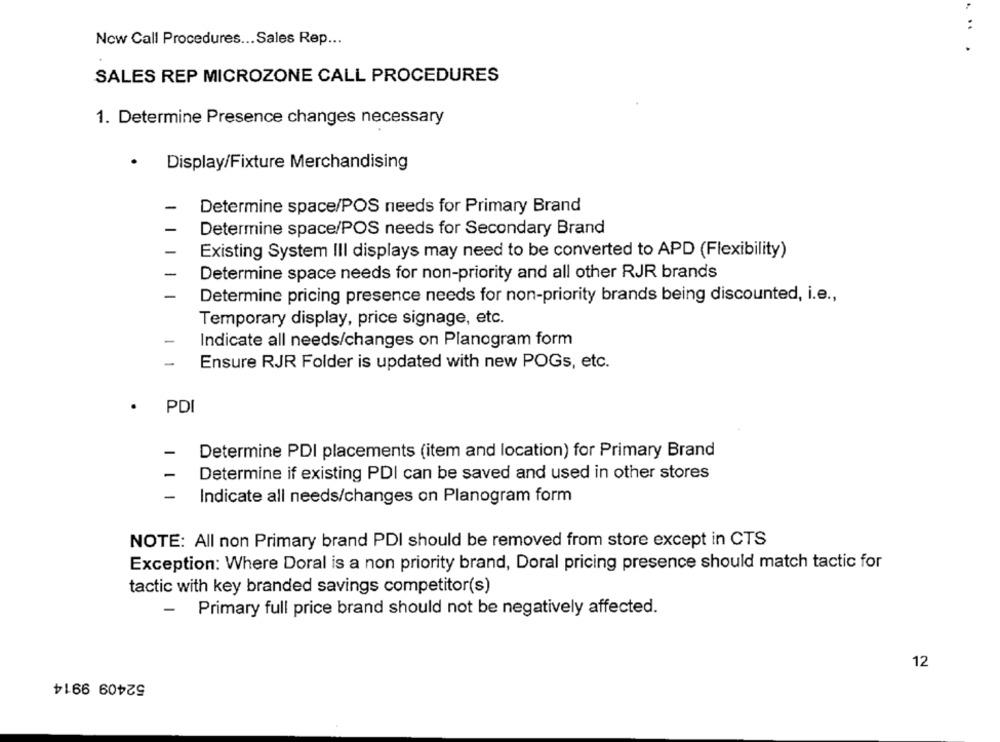
Now Call Procedures ... Sales Rep ...
.. .
SALES REP MICROZONE CALL PROCEDURES
1. Determine Presence changes necessary
.
Display/Fixture Merchandising
Determine space/POS needs for Primary Brand
Determine space/POS needs for Secondary Brand
Existing System III displays may need to be converted to APD (Flexibility)
Determine space needs for non-priority and all other RJR brands
Determine pricing presence needs for non-priority brands being discounted, i.e .,
Temporary display, price signage, etc.
Indicate all needs/changes on Planogram form
-
Ensure RJR Folder is updated with new POGs, etc.
PDI
-
Determine PDI placements (item and location) for Primary Brand
-
Determine if existing PDI can be saved and used in other stores
-
Indicate all needs/changes on Planogram form
NOTE: All non Primary brand PDI should be removed from store except in CTS
Exception: Where Doral is a non priority brand, Doral pricing presence should match tactic for
tactic with key branded savings competitor(s)
-
Primary full price brand should not be negatively affected.
12
52409 9914